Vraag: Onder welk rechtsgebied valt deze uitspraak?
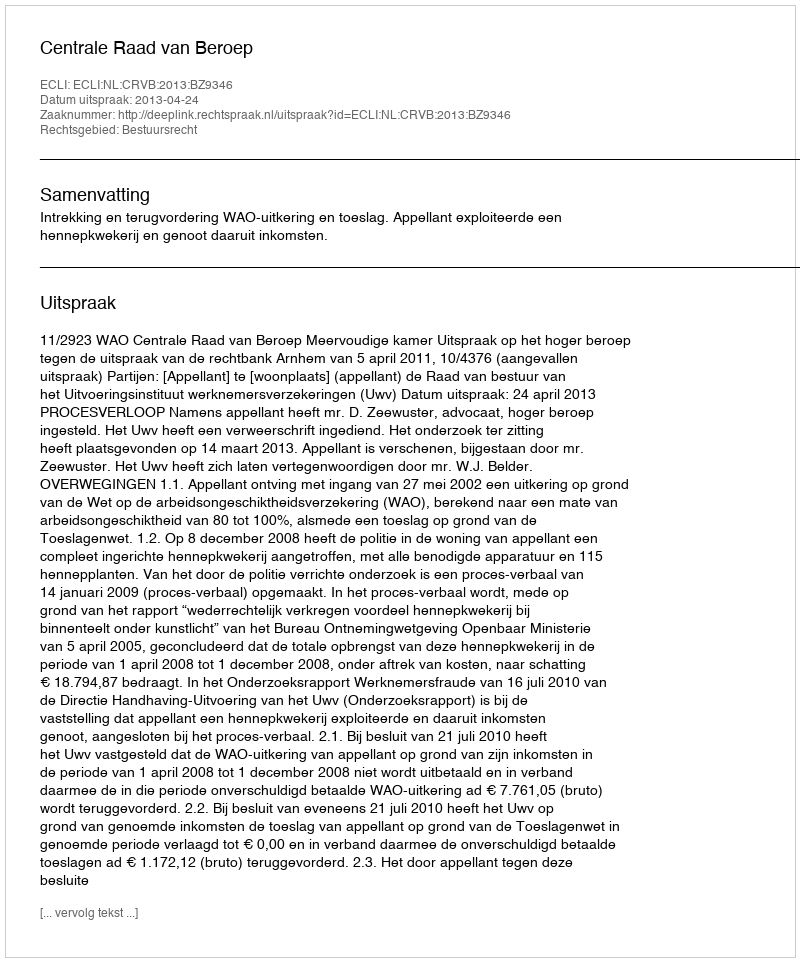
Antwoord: Bestuursrecht